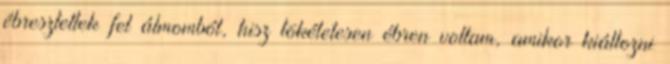
ébresztettek fel álmomból, hisz tökéletesen ébren voltam, amikor kiáltozni